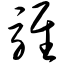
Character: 骓